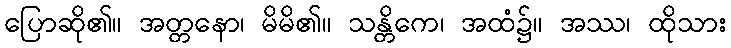
ပြောဆို၏။ အတ္တနော၊ မိမိ၏။ သန္တိကေ၊ အထံ၌။ အဿ၊ ထိုသား